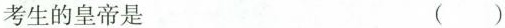
考生的皇帝是 ( )